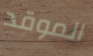
الموقد